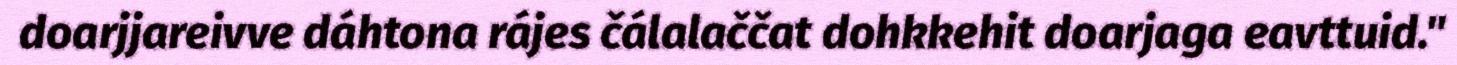
doarjjareivve dáhtona rájes čálalaččat dohkkehit doarjaga eavttuid."